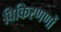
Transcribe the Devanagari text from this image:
विकिरणणों